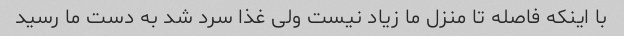
با اینکه فاصله تا منزل ما زیاد نیست ولى غذا سرد شد به دست ما رسید